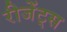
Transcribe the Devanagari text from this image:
रीजेंट्स